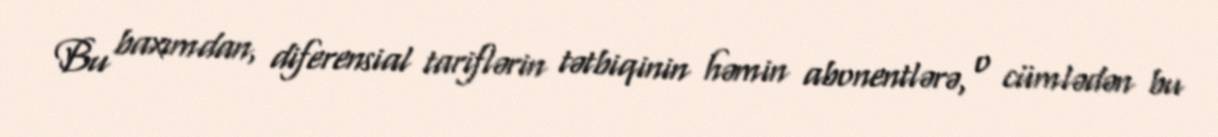
Bu baxımdan, diferensial tariflərin tətbiqinin həmin abonentlərə, o cümlədən bu